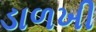
ડાળખી